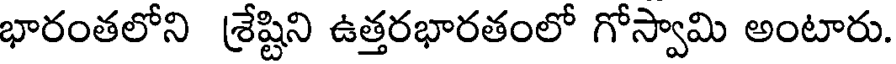
భారంతలోని శ్రేష్టిని ఉత్తరభారతంలో గోస్వామి అంటారు.